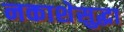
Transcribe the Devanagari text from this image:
नकाशेसुद्धा